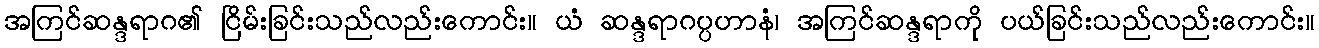
အကြင်ဆန္ဒရာဂ၏ ငြိမ်းခြင်းသည်လည်းကောင်း။ ယံ ဆန္ဒရာဂပ္ပဟာနံ၊ အကြင်ဆန္ဒရာကို ပယ်ခြင်းသည်လည်းကောင်း။